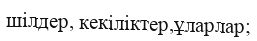
шілдер, кекіліктер,ұларлар;